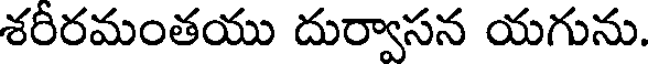
శరీరమంతయు దుర్వాసన యగును.